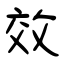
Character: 效